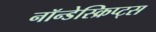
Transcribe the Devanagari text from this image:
नॉन्डेस्क्रिप्ट्स